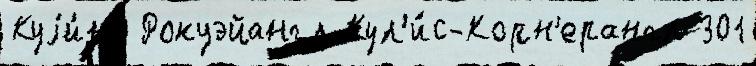
Куjи́нс Рокуэйангл Кул'и́с-Корн'ерангл 301